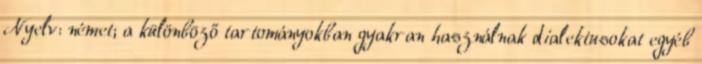
Nyelv: német; a különböző tartományokban gyakran használnak dialektusokat egyéb